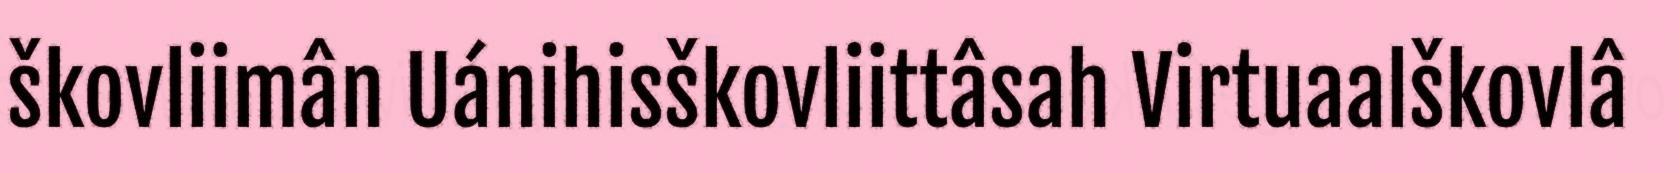
škovliimân Uánihisškovliittâsah Virtuaalškovlâ